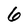
Character: 6